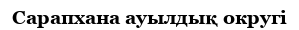
Сарапхана ауылдық округі